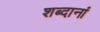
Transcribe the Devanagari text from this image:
शब्दानां